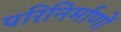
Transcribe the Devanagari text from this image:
परिनिर्माणों